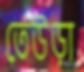
তেউড়া